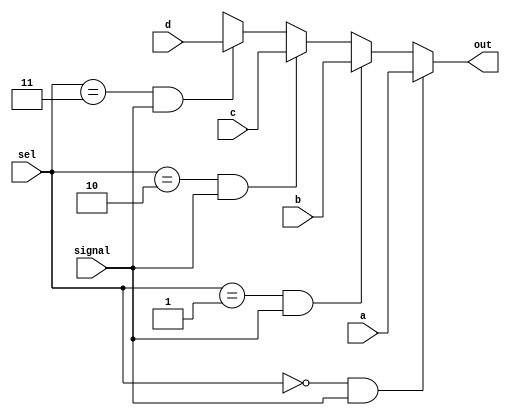
module mux_readdata(  
    signal,            // signal (read) 
    a,                 // (BIT_NUMBER)-bit input called a
    b,                 // (BIT_NUMBER)-bit input called b
    c,                 // (BIT_NUMBER)-bit input called c
    d,                 // (BIT_NUMBER)-bit input called d
    sel,               // input sel used to sel between a,b,c,d
    out                // (BIT_NUMBER)-bit output based on input sel 
    );         

    input signal; 
    input [7:0] a;                 
    input [7:0] b;                 
    input [7:0] c;                 
    input [7:0] d;                 
    input [1:0] sel;   

    output wire [7:0] out;


   // based on value in sel and signal, output is assigned to either a/b/c/d asynchronously.
   assign #1 out = ( sel == 2'b00 && signal )? a : ( sel == 2'b01 && signal )? b : ( sel == 2'b10 && signal )? c : ( sel == 2'b11 && signal )? d : 8'bXXXX_XXXX;


endmodule